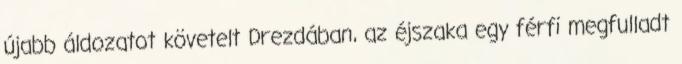
újabb áldozatot követelt Drezdában, az éjszaka egy férfi megfulladt